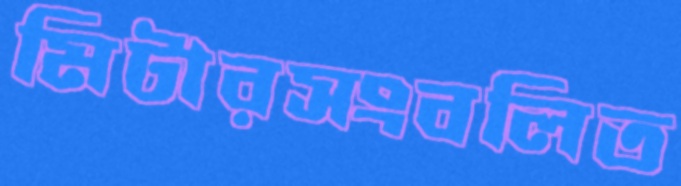
মিটারসংবলিত